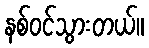
နစ်ဝင်သွားတယ်။